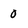
Character: 0